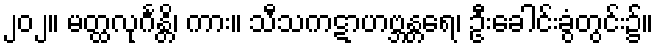
၂၀၂။ မတ္ထလုင်္ဂန္တိ၊ ကား။ သီသကဋာဟဗ္ဘန္တရေ၊ ဦးခေါင်းခွံတွင်း၌။